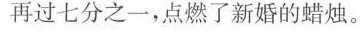
再过七分之一，点燃了新婚的蜡烛。